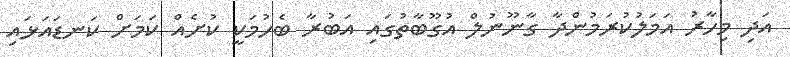
އަދި މިހާރު އަމަލުކުރަމުންދާ ގާނޫނުލް އުގޫބާތުގައި އަބުރާ ބެހުމަކީ ކުށެއް ކަމަށް ކަނޑައަޅައި